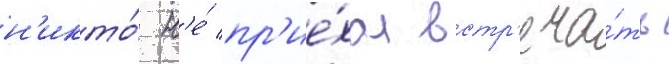
н'икто́ н'е́ пр'ие́хал встр'еча́ть